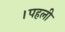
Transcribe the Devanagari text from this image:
।पहली